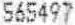
565497